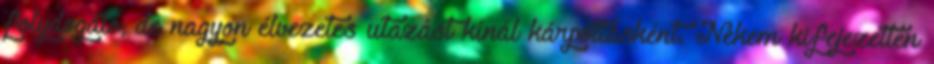
folydogáló, de nagyon élvezetes utazást kínál kárpótlásként. Nekem kifejezetten